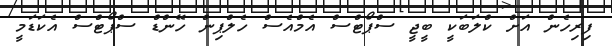
ފިރިހެން އަށް ކްލަބަކީ ބީޖީ ސްޕޯޓްސް އެމްއެސް ހެލްޕިން ހޭންޑް ސްޕޯޓްސް އެކަޑަމީ